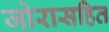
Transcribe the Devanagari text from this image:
जोरासहित